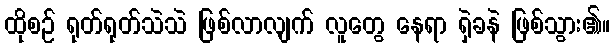
ထိုစဉ် ရုတ်ရုတ်သဲသဲ ဖြစ်လာလျက် လူတွေ နေရာ ရှဲခနဲ ဖြစ်သွား၏။